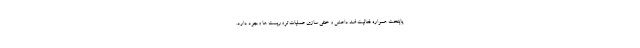
پایتخت همواره فعالیت ضد داعش و خنثی سازی عملیات تروریست ها وجود دارد.